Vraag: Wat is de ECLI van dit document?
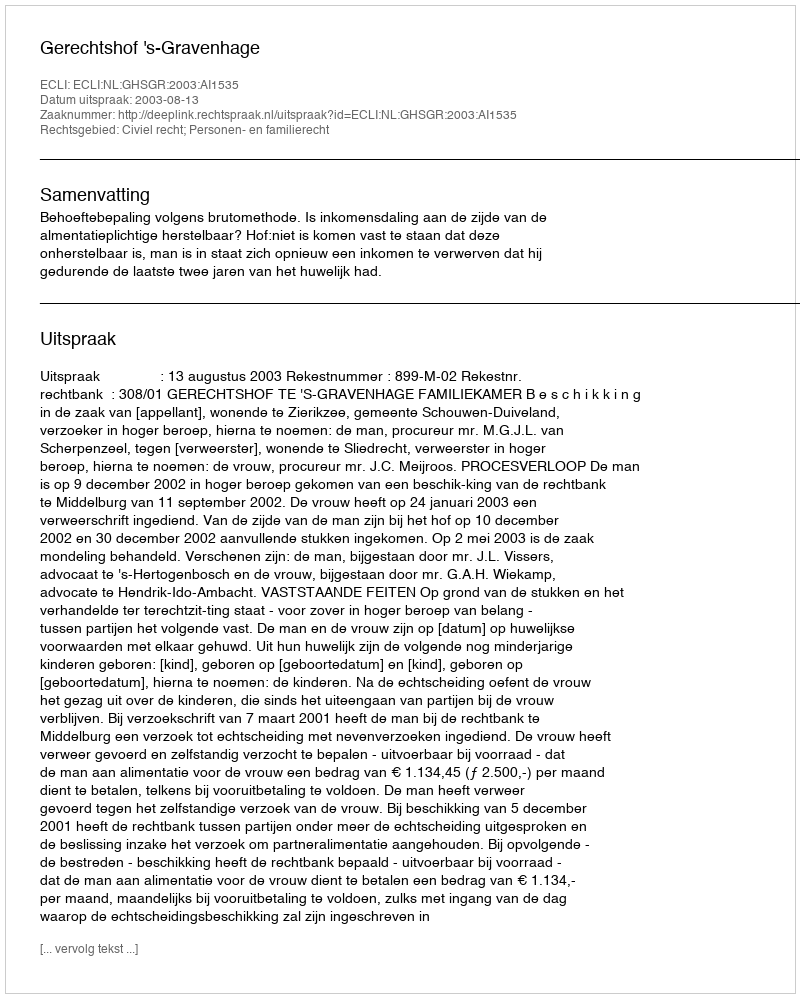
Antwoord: ECLI:NL:GHSGR:2003:AI1535